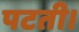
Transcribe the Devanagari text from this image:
पटती।